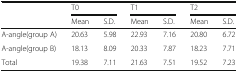
<table><thead><tr><td rowspan="2"></td><td colspan="2"><b>T0</b></td><td colspan="2"><b>T1</b></td><td colspan="2"><b>T2</b></td></tr><tr><td><b>Mean</b></td><td><b>S.D.</b></td><td><b>Mean</b></td><td><b>S.D.</b></td><td><b>Mean</b></td><td><b>S.D.</b></td></tr></thead><tbody><tr><td>A-angle(group A)</td><td>20.63</td><td>5.98</td><td>22.93</td><td>7.16</td><td>20.80</td><td>6.72</td></tr><tr><td>A-angle(group B)</td><td>18.13</td><td>8.09</td><td>20.33</td><td>7.87</td><td>18.23</td><td>7.71</td></tr><tr><td>Total</td><td>19.38</td><td>7.11</td><td>21.63</td><td>7.51</td><td>19.52</td><td>7.23</td></tr></tbody></table>